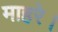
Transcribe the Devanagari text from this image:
माहरे।